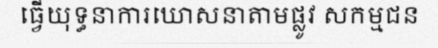
ធ្វើយុទ្ធនាការឃោសនាតាមផ្លូវ សកម្មជន